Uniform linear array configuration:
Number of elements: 8
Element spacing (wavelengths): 0.25
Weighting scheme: binomial
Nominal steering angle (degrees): -15
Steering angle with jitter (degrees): -13.294
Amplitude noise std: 0.05
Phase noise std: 0.05

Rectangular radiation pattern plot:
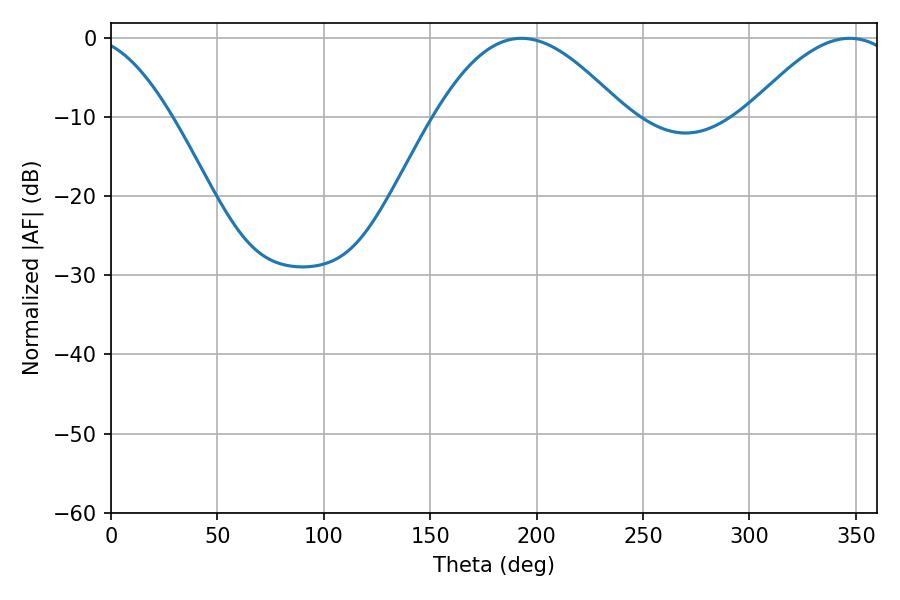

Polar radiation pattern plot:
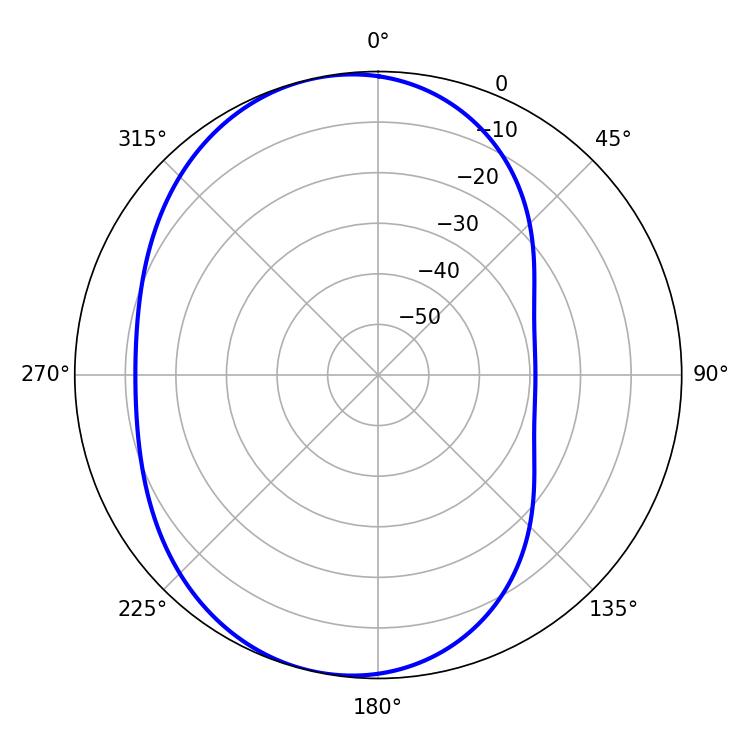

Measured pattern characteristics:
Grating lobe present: FALSE
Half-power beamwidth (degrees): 48.06
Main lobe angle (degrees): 192.78